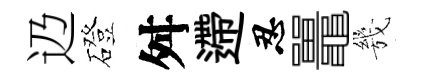
辸磴舛遰忍鼉㡬